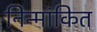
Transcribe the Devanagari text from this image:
निन्मांकित